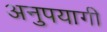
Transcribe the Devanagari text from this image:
अनुपयागी